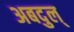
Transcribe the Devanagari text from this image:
अबदुल्